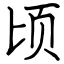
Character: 顷